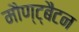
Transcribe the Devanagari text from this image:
मौण्ट्बैटन